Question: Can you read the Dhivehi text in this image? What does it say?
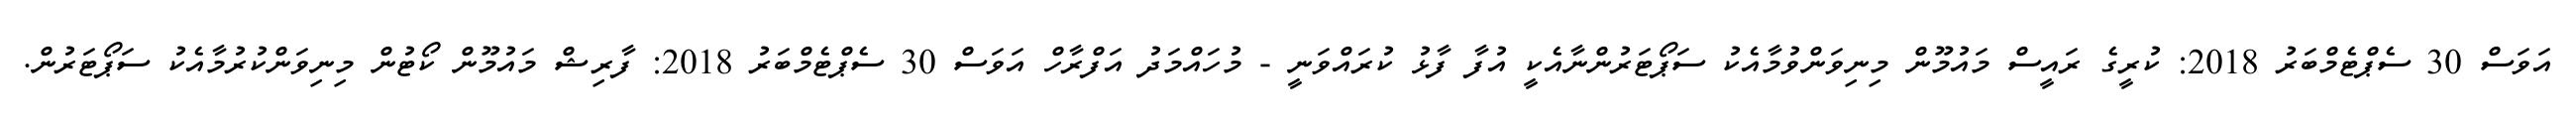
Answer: އަވަސް 30 ސެޕްޓެމްބަރު 2018: ކުރީގެ ރައީސް މައުމޫން މިނިވަންވުމާއެކު ސަޕޯޓަރުންނާއެކީ އުފާ ފާޅު ކުރައްވަނީ - މުހައްމަދު އަފްރާހް އަވަސް 30 ސެޕްޓެމްބަރު 2018: ފާރިޝް މައުމޫން ކޯޓުން މިނިވަންކުރުމާއެކު ސަޕޯޓަރުން.